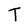
Character: T